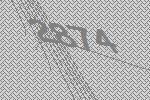
2874